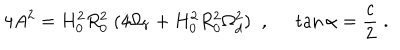
LaTeX: 4 A ^ { 2 } = H _ { 0 } ^ { 2 } R _ { 0 } ^ { 2 } \; ( 4 \Omega _ { r } + H _ { 0 } ^ { 2 } R _ { 0 } ^ { 2 } \Omega _ { d } ^ { 2 } ) \; \; , \; \; \tan \alpha = \frac { c } { 2 } \; .